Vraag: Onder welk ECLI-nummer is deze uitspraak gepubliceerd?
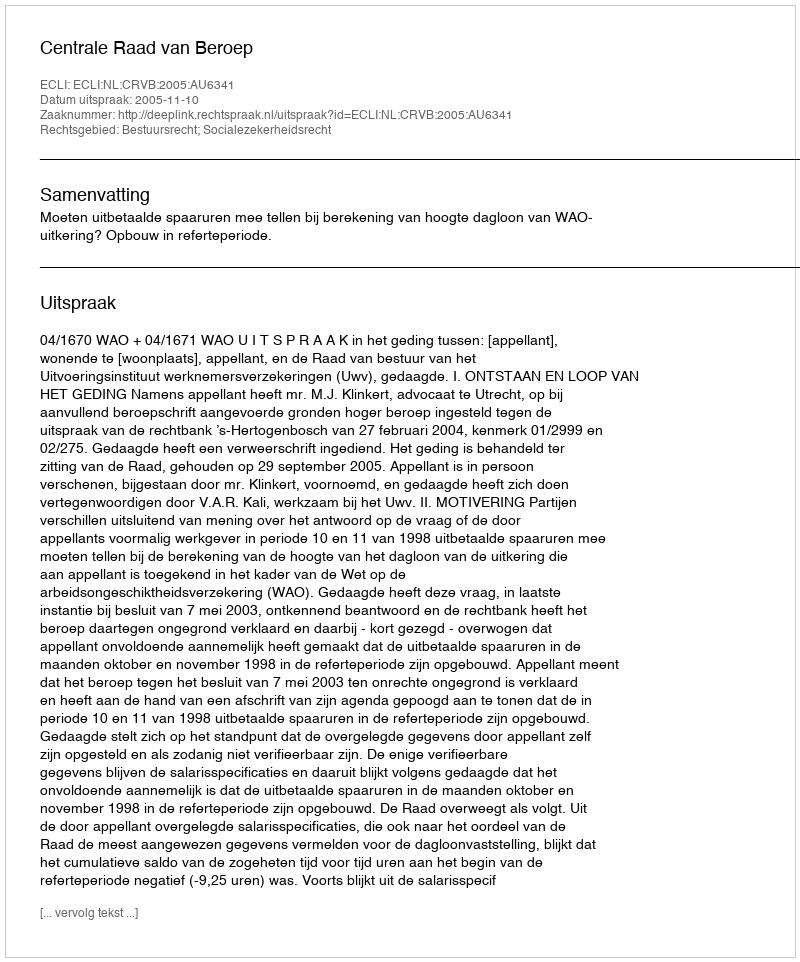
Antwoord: ECLI:NL:CRVB:2005:AU6341